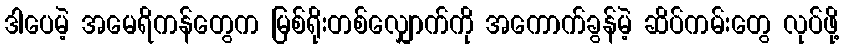
ဒါပေမဲ့ အမေရိကန်တွေက မြစ်ရိုးတစ်လျှောက်ကို အကောက်ခွန်မဲ့ ဆိပ်ကမ်းတွေ လုပ်ဖို့